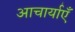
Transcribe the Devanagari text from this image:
आचार्याएँ